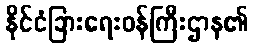
နိုင်ငံခြားရေးဝန်ကြီးဌာန၏